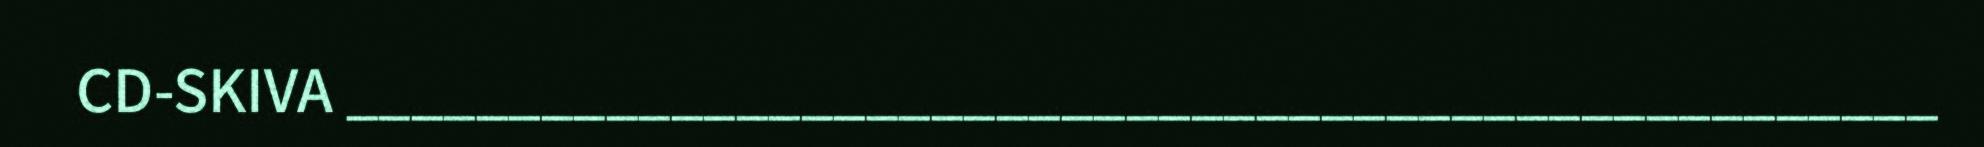
CD-SKIVA _________________________________________________